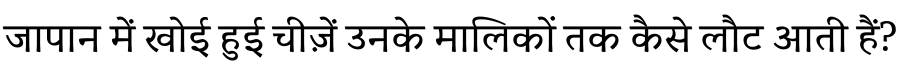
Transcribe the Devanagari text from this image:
जापान में खोई हुई चीज़ें उनके मालिकों तक कैसे लौट आती हैं?